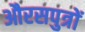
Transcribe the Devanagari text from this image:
औरसपुत्रों